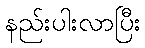
နည်းပါးလာပြီး